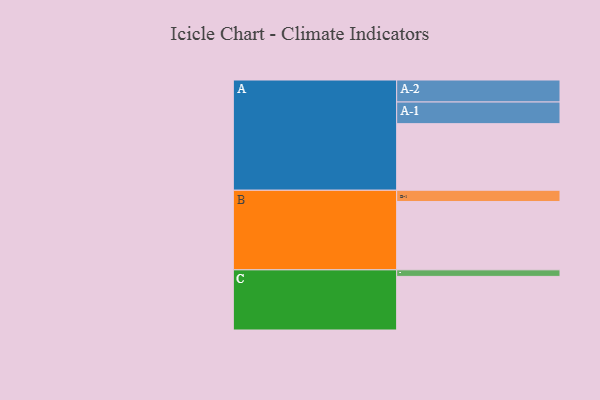
{"axis": {"x": "Segment", "y": "Value"}, "legend": ["", "A", "B", "C"], "data": [{"x": "A", "y": 569, "type": ""}, {"x": "B", "y": 584, "type": ""}, {"x": "C", "y": 458, "type": ""}, {"x": "A-1", "y": 185, "type": "A"}, {"x": "A-2", "y": 188, "type": "A"}, {"x": "B-1", "y": 96, "type": "B"}, {"x": "C-1", "y": 56, "type": "C"}]}